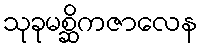
သုခုမစ္ဆိကဇာလေန